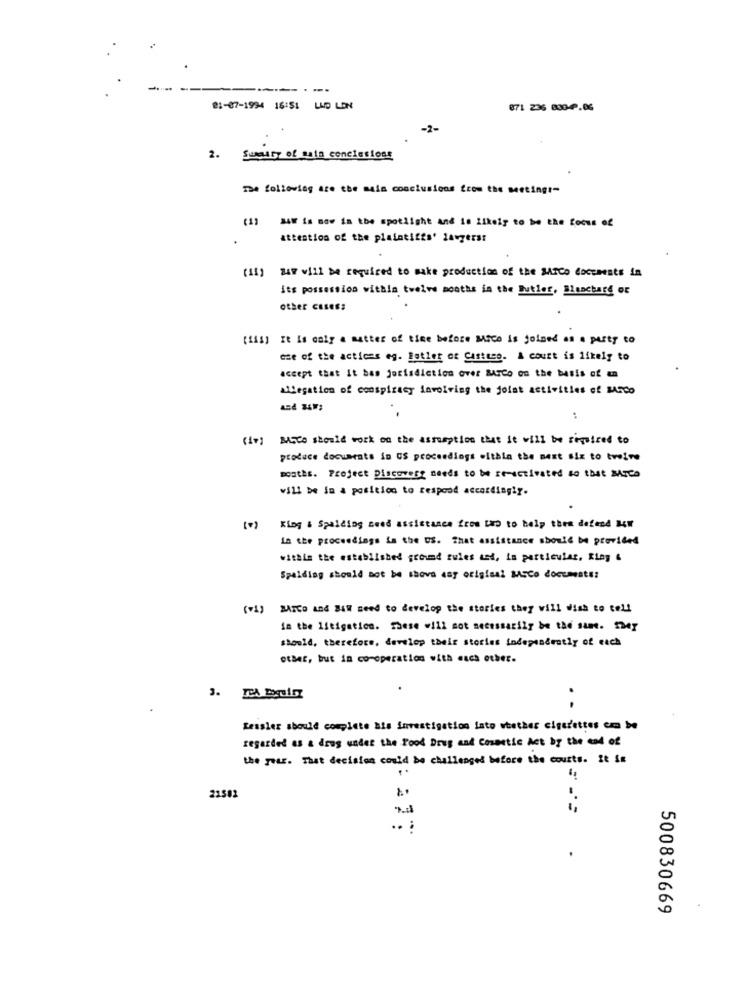
....
21-07-1994 16:51 LUD LON
871 236 8004.06
-2-
2. Sungur of saia conclusions
The following are the main conclusions from the meetingt-
S4W is now in the spotlight and ie likely to be the focus of
attention of the plaintiffs' lawyersr
(11) #47 will be required to make production of the SAICo Coccaeste in
its possession within twelve months in the Butler, Binacture or
other Cases;
(iii) It is only a matter of time before MsCo is joined as a party to
eme of the actions og. Butler or Castice. A court is likely to
accept that it bas jorisdiction over BATCo on the basis of an
Allegation of conspiracy involving the joint activities of Mico
:
(iv) BUCO should work on the assumption that it will be required to
produce documents in US proceedings within the mest Six to twelve
postis. Project Discovest needs to be se-activated so that MICa
will be in a position to respond accordingly.
( 0 )
King & Spalding need assistance from two to help them defend BW
in the proceedings in the US. That assistance should be provided
within the established ground rules ast, in particular, Ring &
Spalding should not be shove say original BASCo documents:
(vi) BATCO And B&W need to develop the stories they will wish to tell
in the litigation. These will not necessarily be the Sun. SMer
should, therefore, develop their stories independently of each
3. ICA Bogaisz
Ressler should complete als investigation into whether cigarettes con be
regarded as a drug under the Food Drug and Cosmetic Act by the end of
the TALE. That decision could be challenged before the courts. It in
21582
.. :
500830669